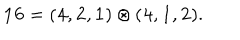
LaTeX: { \bf 1 6 } = ( { \bf 4 } , { \bf 2 } , { \bf 1 } ) \otimes ( { \bf 4 } , { \bf 1 } , { \bf 2 } ) .